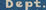
Dept.